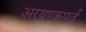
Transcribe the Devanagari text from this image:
अरयण्कपर्व